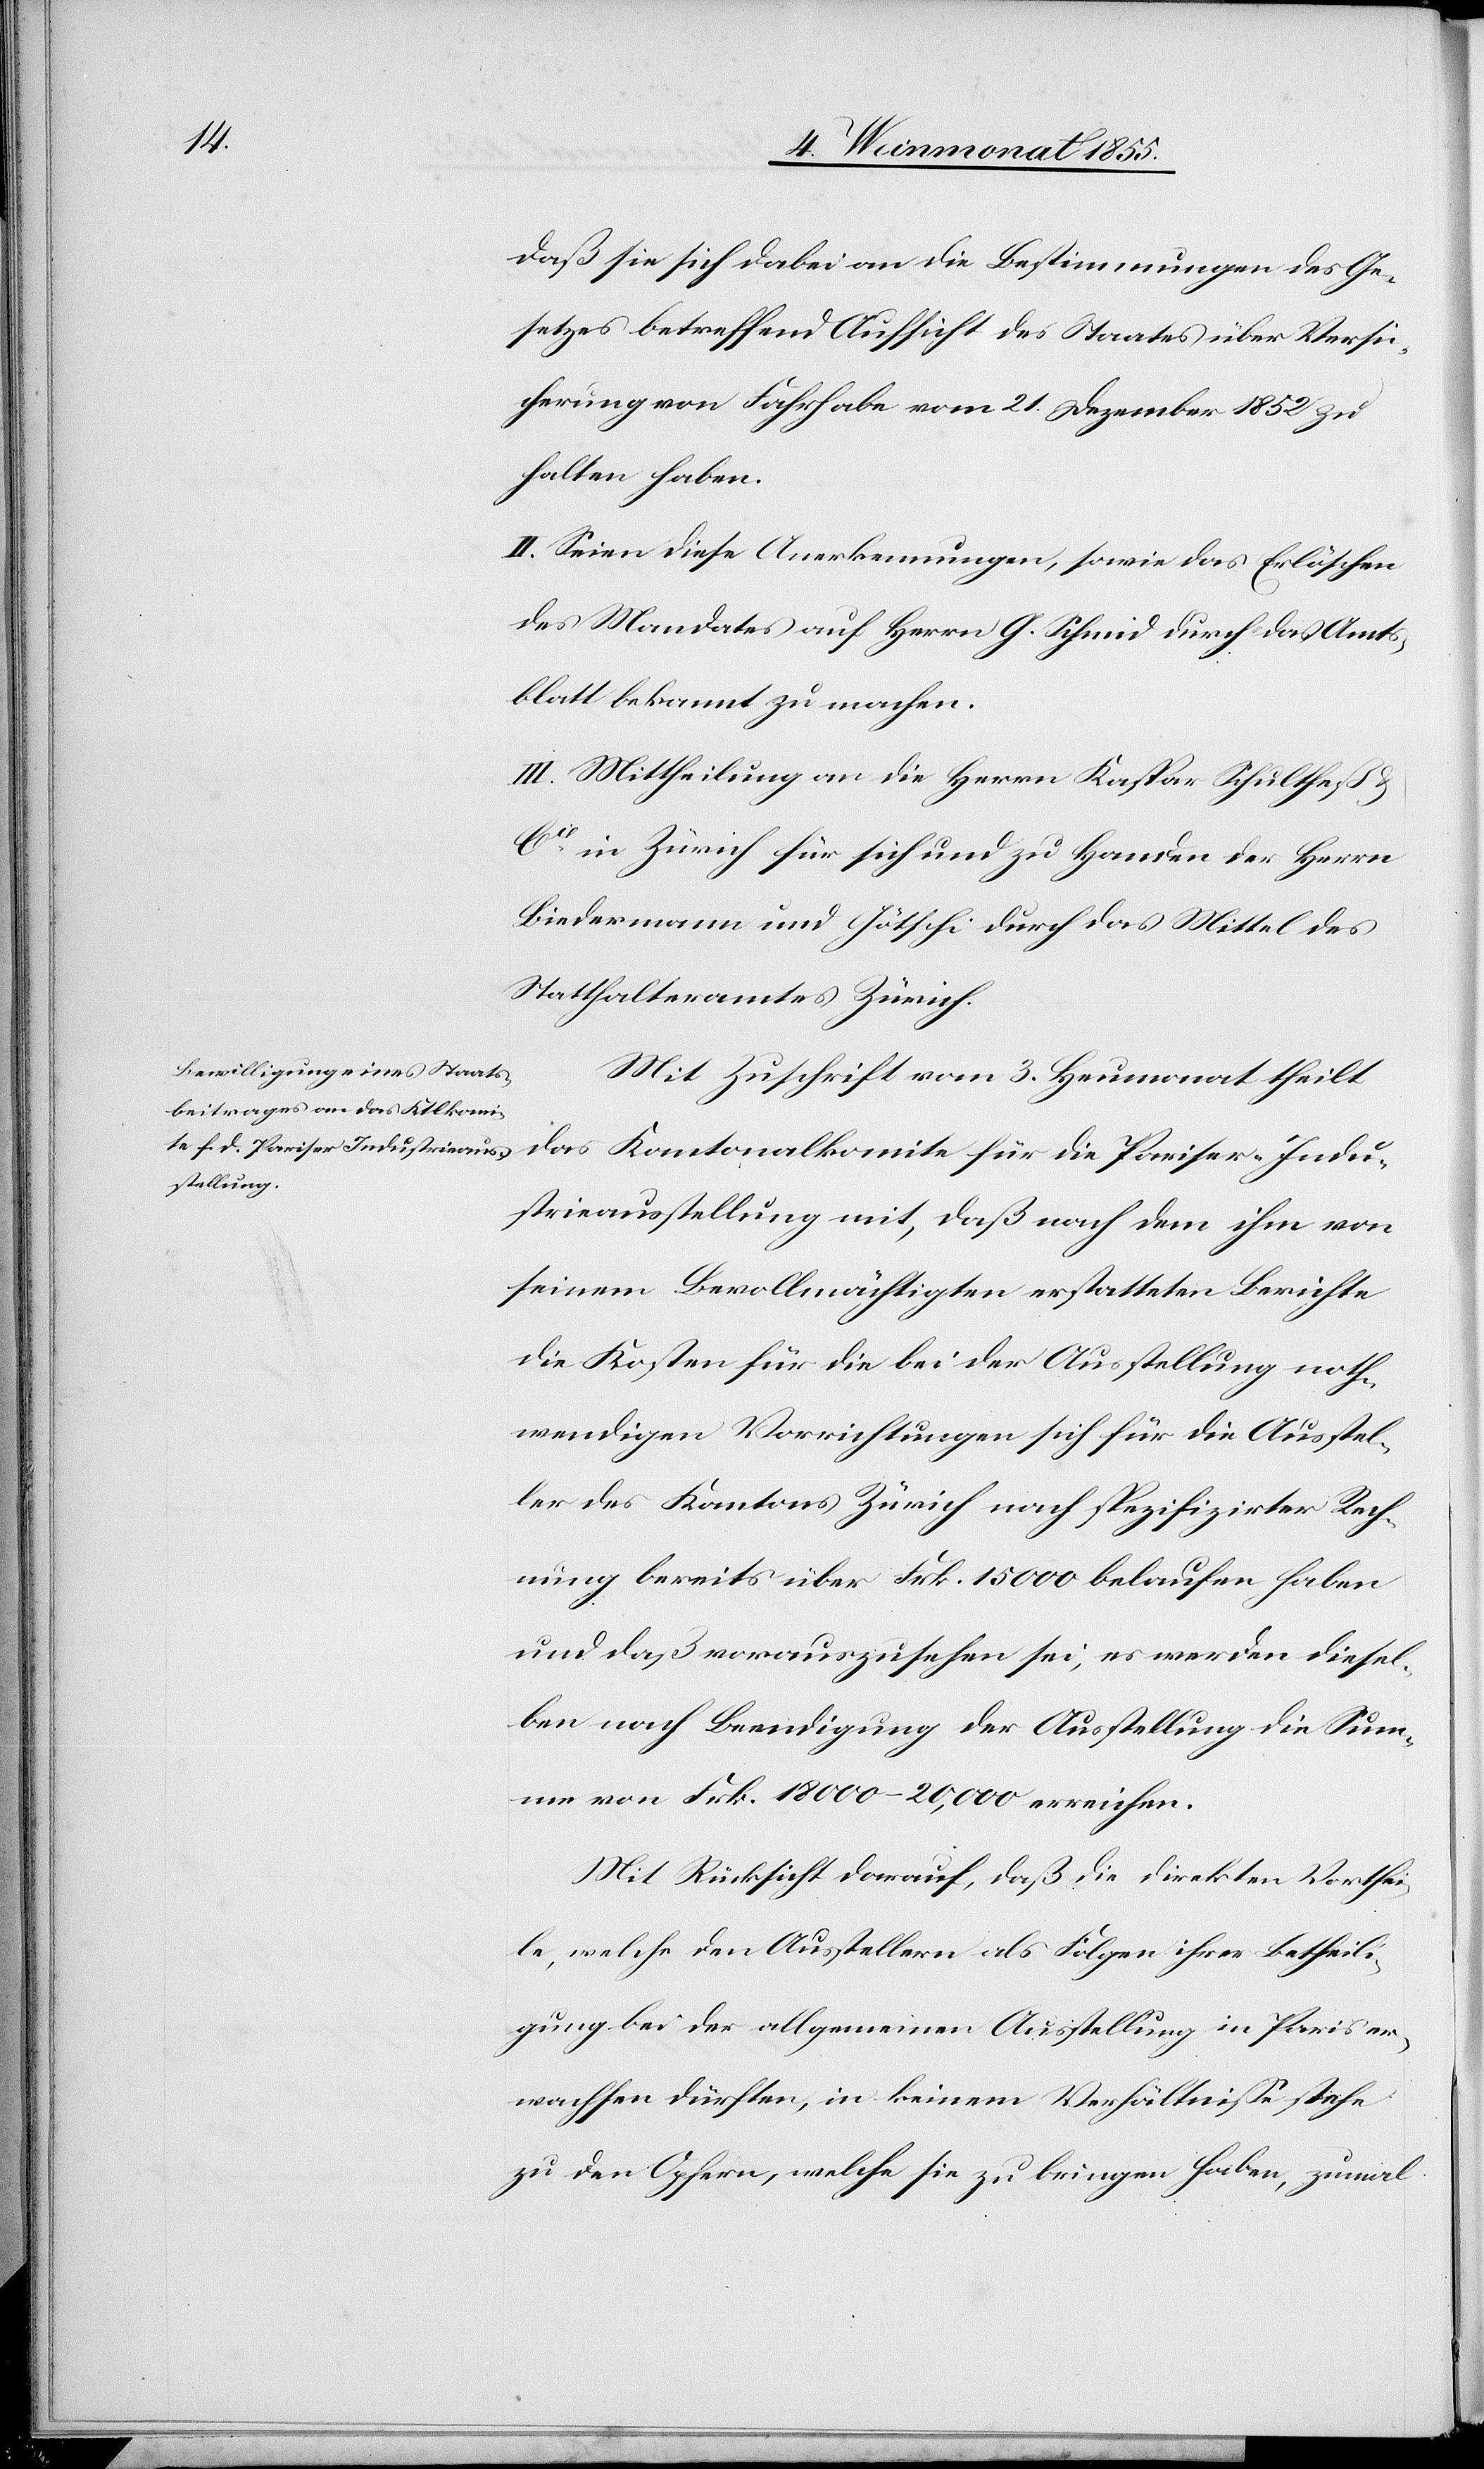
daß sie sich dabei an die Bestimmungen des Ge¬
setzes betreffend Aufsicht des Staates über Versi¬
cherung von Fahrhabe vom 21. Dezember 1852 zu
halten haben.
II. Seien diese Anerkennungen, sowie das Erlöschen
des Mandates auf Herrn G. Schmid durch das Amts¬
blatt bekannt zu machen.
III. Mittheilung an die Herrn Kaspar Schultheß &
Cie. in Zürich für sich und zu Handen der Herrn
Biedermann und Götschi durch das Mittel des
Statthalteramtes Zürich.
Mit Zuschrift vom 3. Heumonat theilt
das Kantonalkomite für die Pariser-Indu¬
strieausstellung mit, daß nach dem ihm von
seinem Bevollmächtigten erstatteten Berichte
die Kosten für die bei der Ausstellung noth¬
wendigen Vorrichtungen sich für die Ausstel¬
ler des Kantons Zürich nach spezifizirter Rech¬
nung bereits über Frk. 15 000 belaufen haben
und daß vorauszusehen sei, es werden diesel¬
ben nach Beendigung der Ausstellung die Sum¬
me von Frk. 18 000–20,000 erreichen.
Mit Rücksicht darauf, daß die direkten Vorthei¬
le, welche den Ausstellern als Folgen ihrer Betheili¬
gung bei der allgemeinen Ausstellung in Paris er¬
wachsen dürften, in keinem Verhältnisse stehe[n]
zu den Opfern, welche sie zu bringen haben, zumal